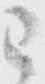
已